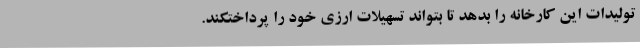
تولیدات این کارخانه را بدهد تا بتواند تسهیلات ارزی خود را پرداختکند.